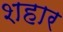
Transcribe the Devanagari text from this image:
शहार